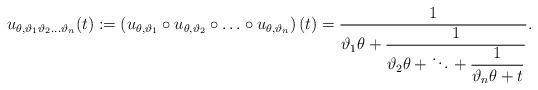
LaTeX: \begin{align*} u_{\theta,\vartheta_1\vartheta_2 \ldots \vartheta_n}(t) := \left(u_{\theta,\vartheta_1} \circ u_{\theta,\vartheta_2} \circ \ldots \circ u_{\theta,\vartheta_n}\right)(t) = \frac{1}{\displaystyle \vartheta_1 \theta +\frac{1}{\displaystyle \vartheta_2 \theta + \ddots +\frac{1}{\vartheta_n \theta+t}}}.\end{align*}